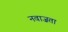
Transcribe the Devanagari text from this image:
नवाज़ता